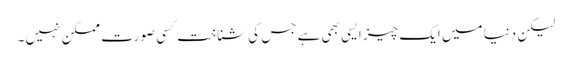
لیکن دنیا میں ایک چیز ایسی بھی ہے جس کی شناخت کسی صورت ممکن نہیں ۔